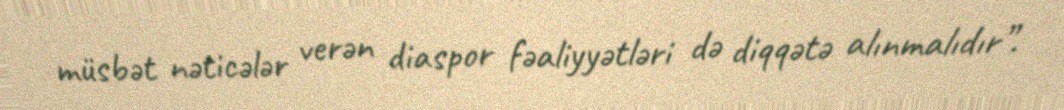
müsbət nəticələr verən diaspor fəaliyyətləri də diqqətə alınmalıdır”.